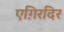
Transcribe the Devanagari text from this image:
एग़िरदिर